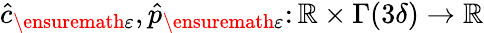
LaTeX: \hat{c}_{\ensuremath{\varepsilon}},\hat{p}_{\ensuremath{\varepsilon}}\colon\mathbb{R}\times\Gamma(3\delta)\rightarrow\mathbb{R}